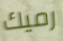
رميك